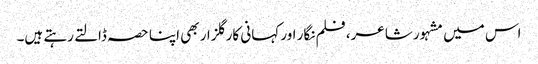
اس میں مشہور شاعر، فلم نگار اور کہانی کار گلزار بھی اپنا حصہ ڈالتے رہتے ہیں۔